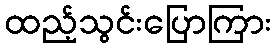
ထည့်သွင်းပြောကြား